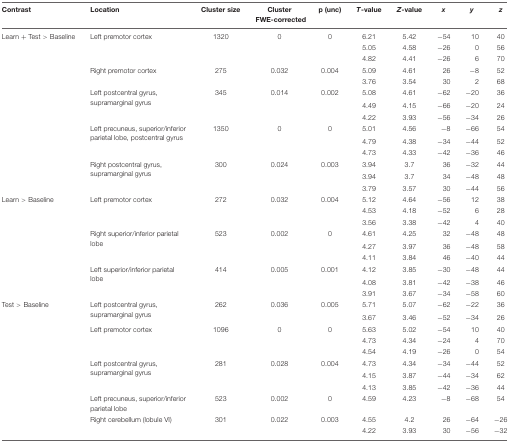
<table><thead><tr><td><b>Contrast</b></td><td><b>Location</b></td><td><b>Cluster size</b></td><td><b>Cluster FWE-corrected</b></td><td><b>p (unc)</b></td><td><b><i>T</i>-value</b></td><td><b><i>Z</i>-value</b></td><td><b><i>x</i></b></td><td><b><i>y</i></b></td><td><b><i>z</i></b></td></tr></thead><tbody><tr><td>Learn + Test &gt; Baseline</td><td>Left premotor cortex</td><td>1320</td><td>0</td><td>0</td><td>6.21</td><td>5.42</td><td>-54</td><td>10</td><td>40</td></tr><tr><td></td><td></td><td></td><td></td><td></td><td>5.05</td><td>4.58</td><td>-26</td><td>0</td><td>56</td></tr><tr><td></td><td></td><td></td><td></td><td></td><td>4.82</td><td>4.41</td><td>-26</td><td>6</td><td>70</td></tr><tr><td></td><td>Right premotor cortex</td><td>275</td><td>0.032</td><td>0.004</td><td>5.09</td><td>4.61</td><td>26</td><td>-8</td><td>52</td></tr><tr><td></td><td></td><td></td><td></td><td></td><td>3.76</td><td>3.54</td><td>30</td><td>2</td><td>68</td></tr><tr><td></td><td>Left postcentral gyrus, supramarginal gyrus</td><td>345</td><td>0.014</td><td>0.002</td><td>5.08</td><td>4.61</td><td>-62</td><td>-20</td><td>36</td></tr><tr><td></td><td></td><td></td><td></td><td></td><td>4.49</td><td>4.15</td><td>-66</td><td>-20</td><td>24</td></tr><tr><td></td><td></td><td></td><td></td><td></td><td>4.22</td><td>3.93</td><td>-56</td><td>-34</td><td>26</td></tr><tr><td></td><td>Left precuneus, superior/inferior parietal lobe, postcentral gyrus</td><td>1350</td><td>0</td><td>0</td><td>5.01</td><td>4.56</td><td>-8</td><td>-66</td><td>54</td></tr><tr><td></td><td></td><td></td><td></td><td></td><td>4.79</td><td>4.38</td><td>-34</td><td>-44</td><td>52</td></tr><tr><td></td><td></td><td></td><td></td><td></td><td>4.73</td><td>4.33</td><td>-42</td><td>-36</td><td>46</td></tr><tr><td></td><td>Right postcentral gyrus, supramarginal gyrus</td><td>300</td><td>0.024</td><td>0.003</td><td>3.94</td><td>3.7</td><td>36</td><td>-32</td><td>44</td></tr><tr><td></td><td></td><td></td><td></td><td></td><td>3.94</td><td>3.7</td><td>34</td><td>-48</td><td>48</td></tr><tr><td></td><td></td><td></td><td></td><td></td><td>3.79</td><td>3.57</td><td>30</td><td>-44</td><td>56</td></tr><tr><td>Learn &gt; Baseline</td><td>Left premotor cortex</td><td>272</td><td>0.032</td><td>0.004</td><td>5.12</td><td>4.64</td><td>-56</td><td>12</td><td>38</td></tr><tr><td></td><td></td><td></td><td></td><td></td><td>4.53</td><td>4.18</td><td>-52</td><td>6</td><td>28</td></tr><tr><td></td><td></td><td></td><td></td><td></td><td>3.56</td><td>3.38</td><td>-42</td><td>4</td><td>40</td></tr><tr><td></td><td>Right superior/inferior parietal lobe</td><td>523</td><td>0.002</td><td>0</td><td>4.61</td><td>4.25</td><td>32</td><td>-48</td><td>48</td></tr><tr><td></td><td></td><td></td><td></td><td></td><td>4.27</td><td>3.97</td><td>36</td><td>-48</td><td>58</td></tr><tr><td></td><td></td><td></td><td></td><td></td><td>4.11</td><td>3.84</td><td>46</td><td>-40</td><td>44</td></tr><tr><td></td><td>Left superior/inferior parietal lobe</td><td>414</td><td>0.005</td><td>0.001</td><td>4.12</td><td>3.85</td><td>-30</td><td>-48</td><td>44</td></tr><tr><td></td><td></td><td></td><td></td><td></td><td>4.08</td><td>3.81</td><td>-42</td><td>-38</td><td>46</td></tr><tr><td></td><td></td><td></td><td></td><td></td><td>3.91</td><td>3.67</td><td>-34</td><td>-58</td><td>60</td></tr><tr><td>Test &gt; Baseline</td><td>Left postcentral gyrus, supramarginal gyrus</td><td>262</td><td>0.036</td><td>0.005</td><td>5.71</td><td>5.07</td><td>-62</td><td>-22</td><td>36</td></tr><tr><td></td><td></td><td></td><td></td><td></td><td>3.67</td><td>3.46</td><td>-52</td><td>-34</td><td>26</td></tr><tr><td></td><td>Left premotor cortex</td><td>1096</td><td>0</td><td>0</td><td>5.63</td><td>5.02</td><td>-54</td><td>10</td><td>40</td></tr><tr><td></td><td></td><td></td><td></td><td></td><td>4.73</td><td>4.34</td><td>-24</td><td>4</td><td>70</td></tr><tr><td></td><td></td><td></td><td></td><td></td><td>4.54</td><td>4.19</td><td>-26</td><td>0</td><td>54</td></tr><tr><td></td><td>Left postcentral gyrus, supramarginal gyrus</td><td>281</td><td>0.028</td><td>0.004</td><td>4.73</td><td>4.34</td><td>-34</td><td>-44</td><td>52</td></tr><tr><td></td><td></td><td></td><td></td><td></td><td>4.15</td><td>3.87</td><td>-44</td><td>-34</td><td>62</td></tr><tr><td></td><td></td><td></td><td></td><td></td><td>4.13</td><td>3.85</td><td>-42</td><td>-36</td><td>44</td></tr><tr><td></td><td>Left precuneus, superior/inferior parietal lobe</td><td>523</td><td>0.002</td><td>0</td><td>4.59</td><td>4.23</td><td>-8</td><td>-68</td><td>54</td></tr><tr><td></td><td>Right cerebellum (lobule VI)</td><td>301</td><td>0.022</td><td>0.003</td><td>4.55</td><td>4.2</td><td>26</td><td>-64</td><td>-26</td></tr><tr><td></td><td></td><td></td><td></td><td></td><td>4.22</td><td>3.93</td><td>30</td><td>-56</td><td>-32</td></tr></tbody></table>